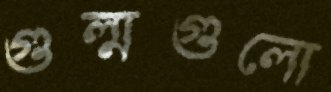
গুল্মগুলো